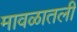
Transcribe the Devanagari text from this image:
मावळातली